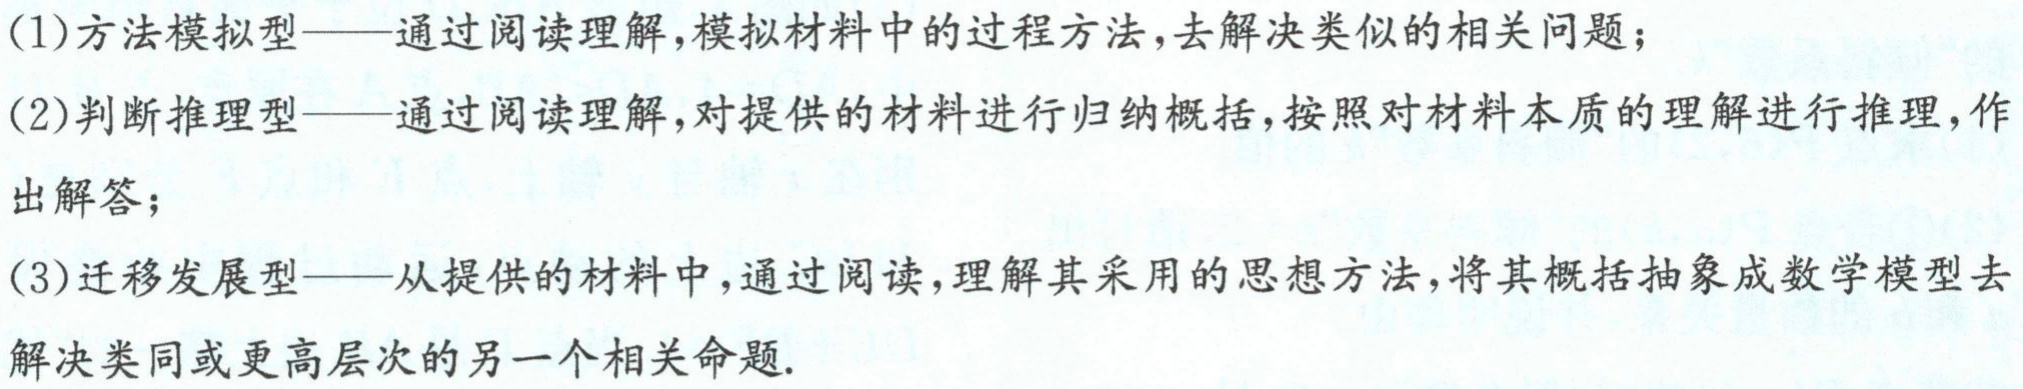
(1)方法模拟型——通过阅读理解,模拟材料中的过程方法,去解决类似的相关问题；
(2)判断推理型——通过阅读理解,对提供的材料进行归纳概括,按照对材料本质的理解进行推理,作出解答；
(3)迁移发展型——从提供的材料中,通过阅读,理解其采用的思想方法,将其概括抽象成数学模型去解决类同或更高层次的另一个相关命题.